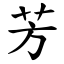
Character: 芳